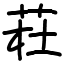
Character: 荰